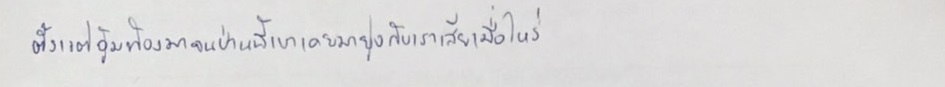
ตั้งแต่อุ้มท้องมาจนป่านนี้เขาเคยมายุ่งกับเราเสียเมื่อไหร่